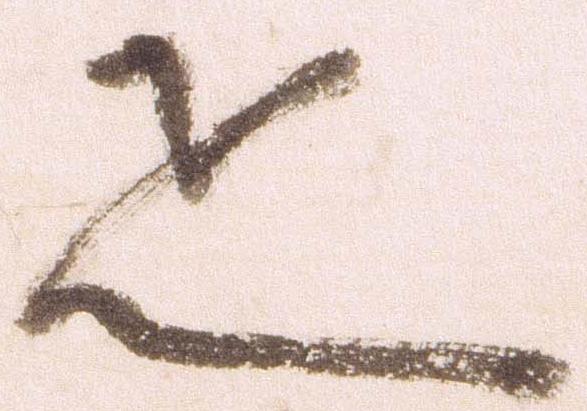
疋